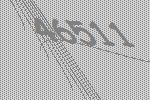
46511